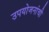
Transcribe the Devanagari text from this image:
उपयोजनांची